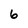
Character: 6